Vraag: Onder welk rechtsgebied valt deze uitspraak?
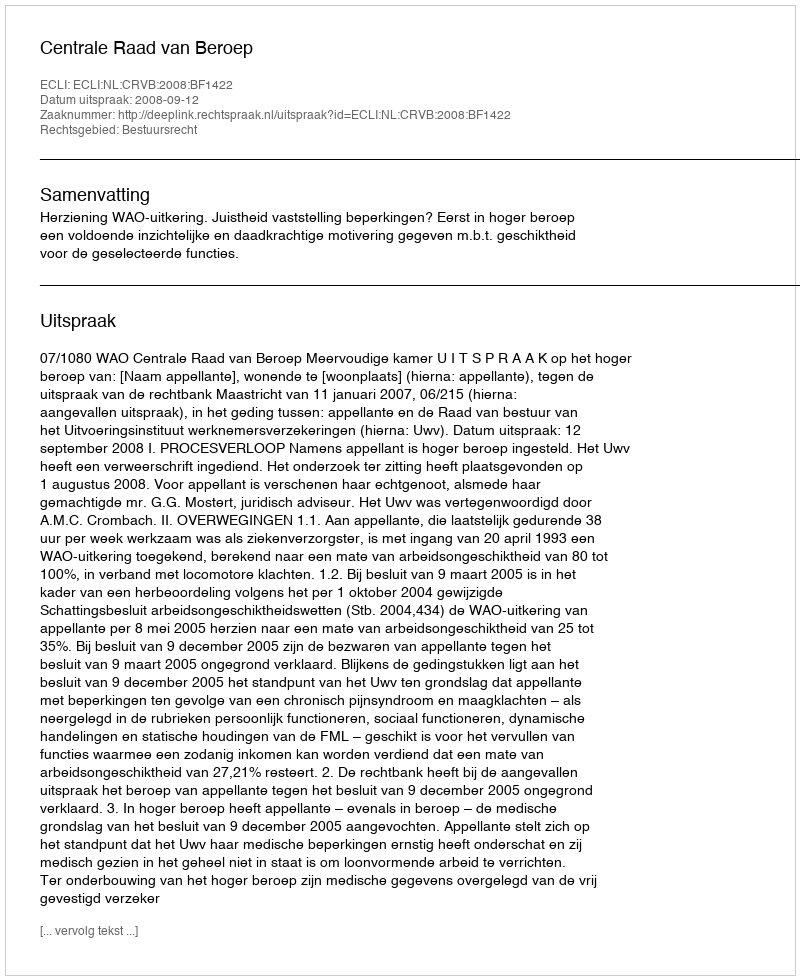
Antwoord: Bestuursrecht